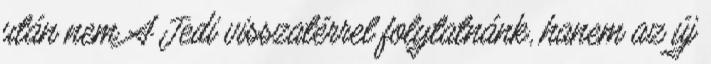
után nem A Jedi visszatérrel folytatnánk, hanem az új